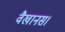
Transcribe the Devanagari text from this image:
वैखानस।